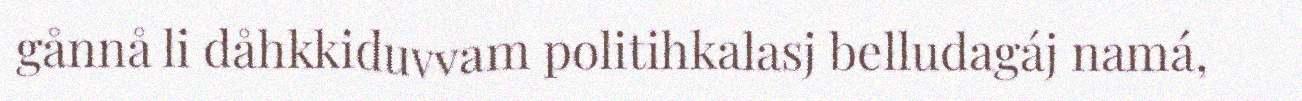
gånnå li dåhkkiduvvam politihkalasj belludagáj namá,